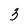
Character: 3